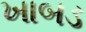
ખાબડ